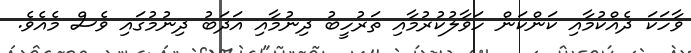
ވާހަކަ ދެއްކުމާއި ކަންކަން ހަވާލުކުރުމާއި ތަރުހީބު ދިނުމާއި އަދަބު ދިނުމުގައި ވެސް މެއެވެ.